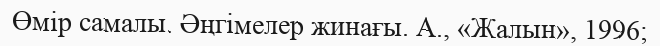
Өмір самалы. Әңгімелер жинағы. А., «Жалын», 1996;